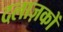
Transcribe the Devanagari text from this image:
दलाज़कों